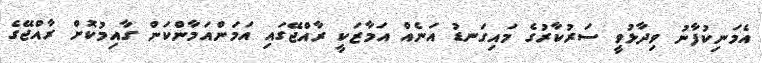
އެމަނިކުފާނު ވިދާޅުވީ ސަރުކާރުގެ މައިގަނޑު އަނެއް އަމާޒަކީ ރާއްޖޭގައި އަމަންއަމާންކަން ގާއިމުކޮށް ރާއްޖޭގެ